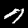
Digit: 7